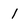
Character: 1